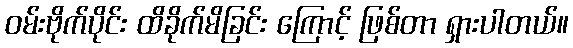
ဝမ်းဗိုက်ပိုင်း ထိခိုက်မိခြင်း ကြောင့် ဖြစ်တာ ရှားပါတယ်။